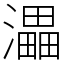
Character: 㵽